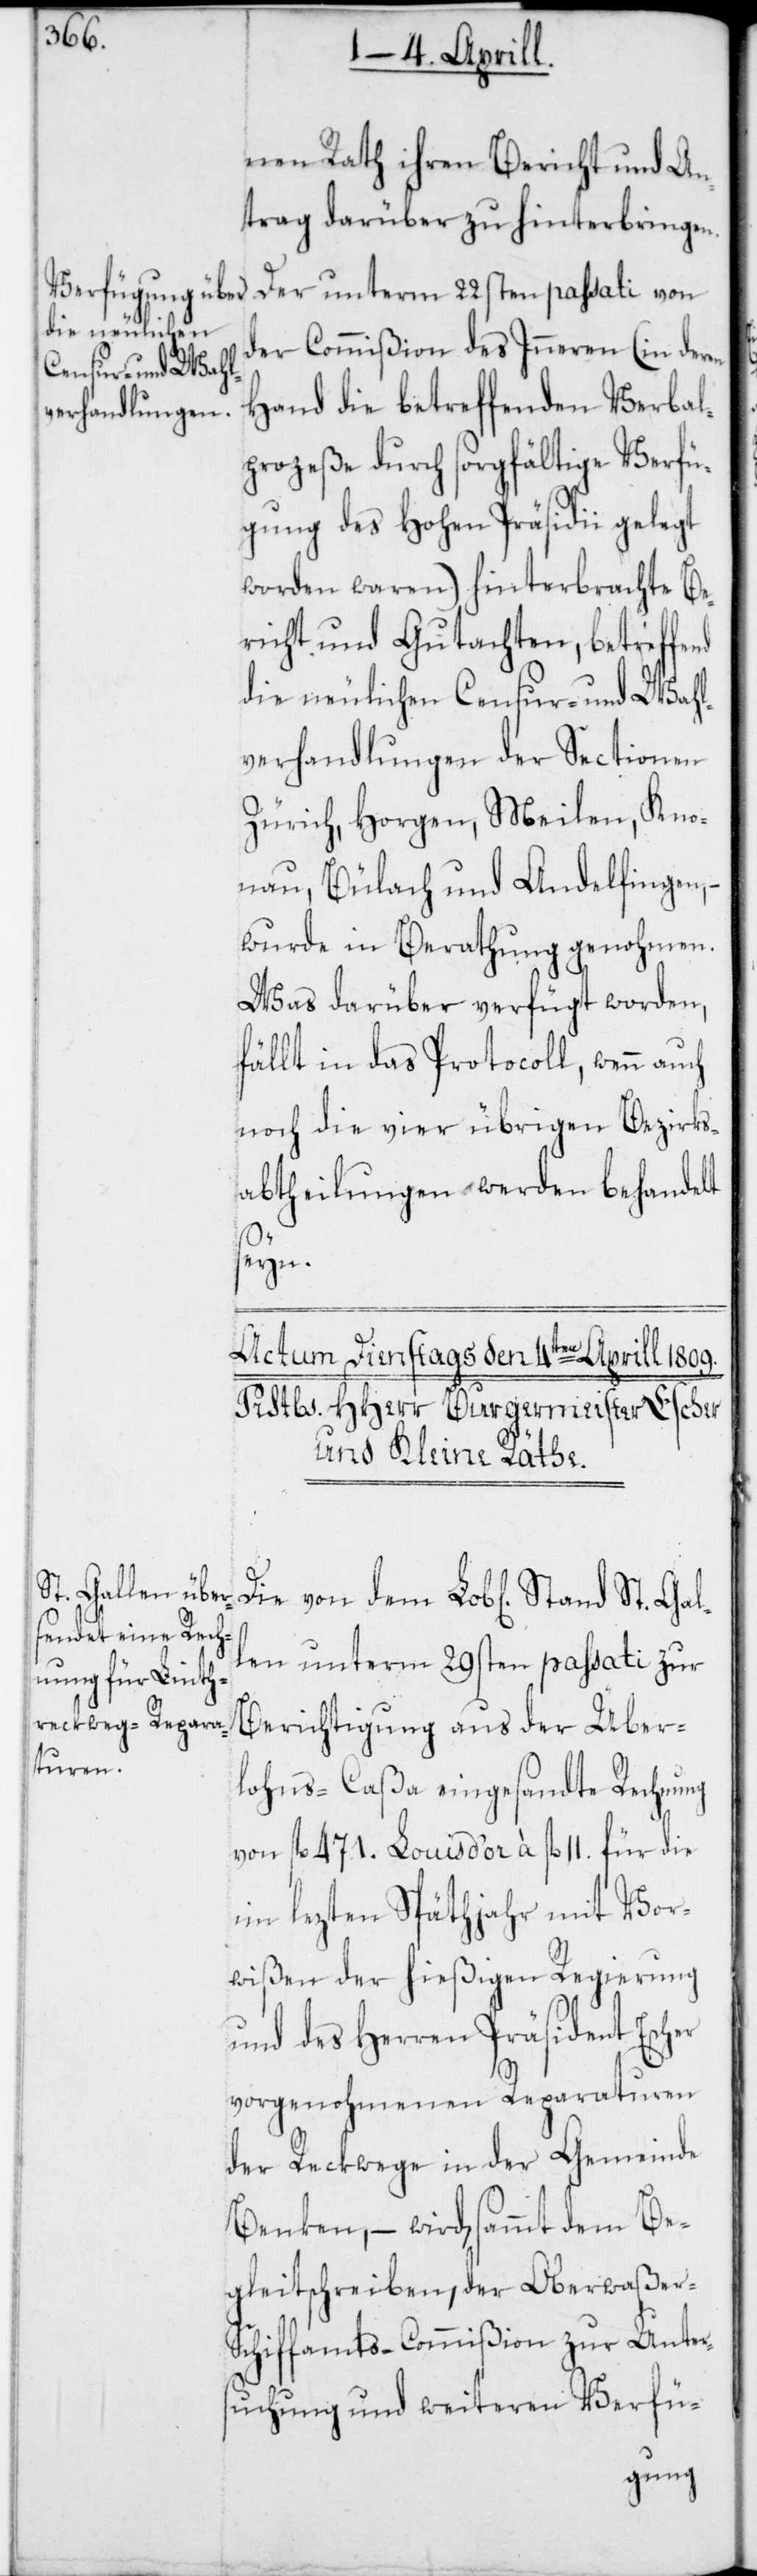
nen Rath ihren Bericht und An¬
trag darüber zu hinterbringen.
Der unterm 22sten passati von
der Commißion des Inneren (in deren
Hand die betreffenden Verbal¬
prozeße durch sorgfältige Verfü¬
gung des Hohen Präsidii gelegt
worden waren) hinterbrachte Be¬
richt und Gutachten, betreffend
die neulichen Censur- und Wahl¬
verhandlungen der Sectionen
Zürich, Horgen, Meilen, Kno¬
nau, Bülach und Andelfingen,
wurde in Berathung genohmen.
Was darüber verfügt worden,
fällt in das Protocoll, wenn auch
noch die vier übrigen Bezirks¬
abtheilungen werden behandelt
Gal¬
len unterm 29sten passati zur
Berichtigung aus der Über¬
lohns-Caßa eingesandte Rechnung
von fl. 471. Louis d’or à fl. 11. für die
im lezten Späthjahr mit Vor¬
wißen der hießigen Regierung
und des Herren Präsident Escher
vorgenohmenen Reparaturen
der Reckwege in der Gemeinde
Benken, – wird, sammt dem Be¬
gleitschreiben, der Oberwaßer-S¬
chiffamts-Commißion zur Unter¬
suchung und weiteren Verfü-